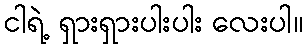
ငါရဲ့ ရှားရှားပါးပါး လေးပါ။